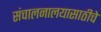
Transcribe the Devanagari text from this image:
संचालनालयासाठीचे